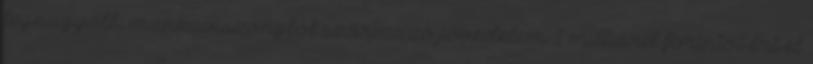
legnagyobb, munkaviszonyból származó jövedelem 1 milliárd forintot ért el